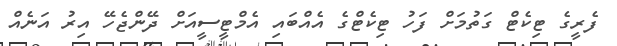
ފެރީގެ ޓިކެޓް ގަތުމަށް ފަހު ޓިކެޓްގެ އެއްބައި އެމްޓީސީއަށް ދޭންޖެހޭ އިރު އަނެއް